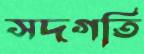
সদগতি